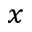
_ x